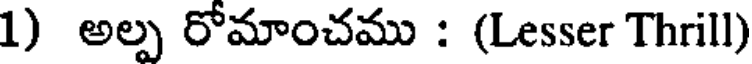
1) అల్ప రోమాంచము : (Lesser Thrill)